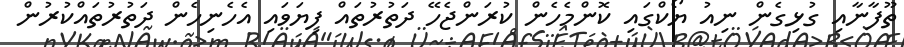
ތޫފާނާއި ގުޅިގެން ނިއު ޔޯކްގައި ކޮންމެހެން ކުރަންޖެހޭ ދަތުރުތައް ފިޔަވައި އެހެނިހެން ދަތުުރުތައްކުރުން